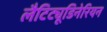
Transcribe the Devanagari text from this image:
लैटिट्यूडिनेरियन